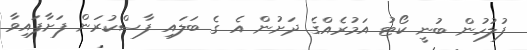
ފުލުހުން ބުނީ ކޯޓު އަމުރެއްގެ ދަށުން އެ ގެ ބަލައި ފާސްކުރަން ފަށާފައިވާ